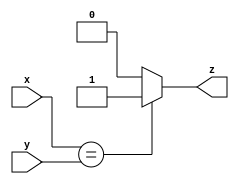
module top_module ( input x, input y, output z );
    always @(*) begin
        if(x == y)
            z = 1;
        else
            z = 0;
    end
endmodule